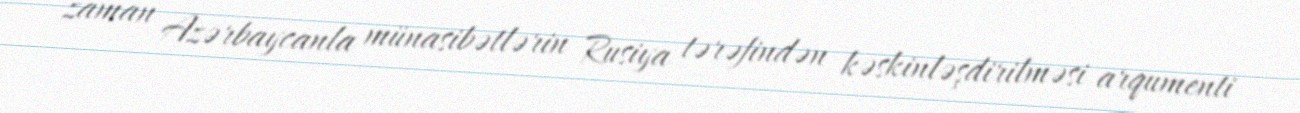
zaman Azərbaycanla münasibətlərin Rusiya tərəfindən kəskinləşdirilməsi arqumenti